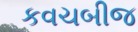
કવચબીજ